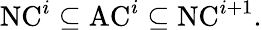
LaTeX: {\mathrm{NC}}^{i}\subseteq{\mathrm{AC}}^{i}\subseteq{\mathrm{NC}}^{i+1}.